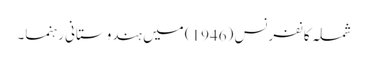
شملہ کانفرنس (1946) میں ہندوستانی رہنما۔